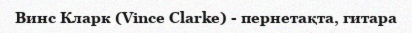
Винс Кларк (Vince Clarke) - пернетақта, гитара